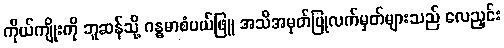
ကိုယ်ကျိုးကို ဘူဆန်သို့ ဂန္ဓမာစံပယ်ဖြူ အသိအမှတ်ပြုလက်မှတ်များသည် လေညှင်း